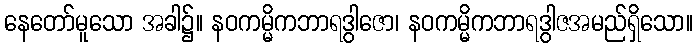
နေတော်မူသော အခါ၌။ နဝကမ္မိကဘာရဒွါဇော၊ နဝကမ္မိကဘာရဒွါဇအမည်ရှိသော။